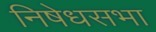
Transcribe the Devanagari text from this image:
निषेधसभा